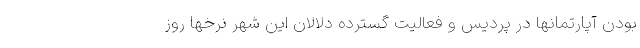
بودن آپارتمانها در پردیس و فعالیت گسترده دلالان این شهر نرخها روز